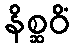
နိစ္ဆဝိံ